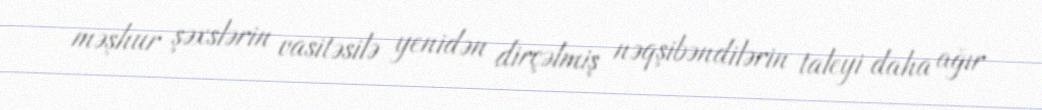
məşhur şəxslərin vasitəsilə yenidən dirçəlmiş nəqşibəndilərin taleyi daha ağır